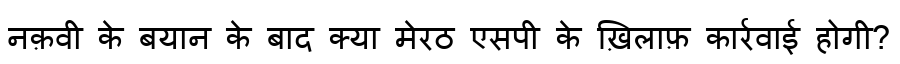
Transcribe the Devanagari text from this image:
नक़वी के बयान के बाद क्या मेरठ एसपी के ख़िलाफ़ कार्रवाई होगी?